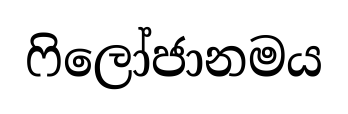
ෆිලෝජානමය